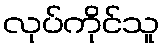
လုပ်ကိုင်သူ